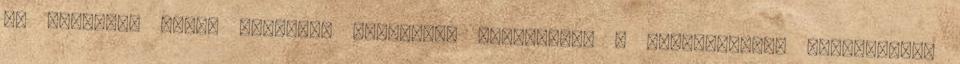
az amerikai profi sportban rendkívül elterjedt, a kábítószerek csoportjába